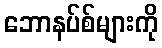
ဘောနပ်စ်များကို